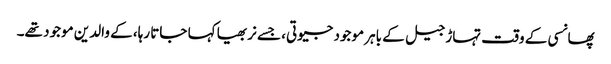
پھانسی کے وقت تہاڑ جیل کے باہر موجود جیوتی، جسے نربھیا کہا جاتا رہا، کے والدین موجود تھے۔